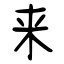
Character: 来